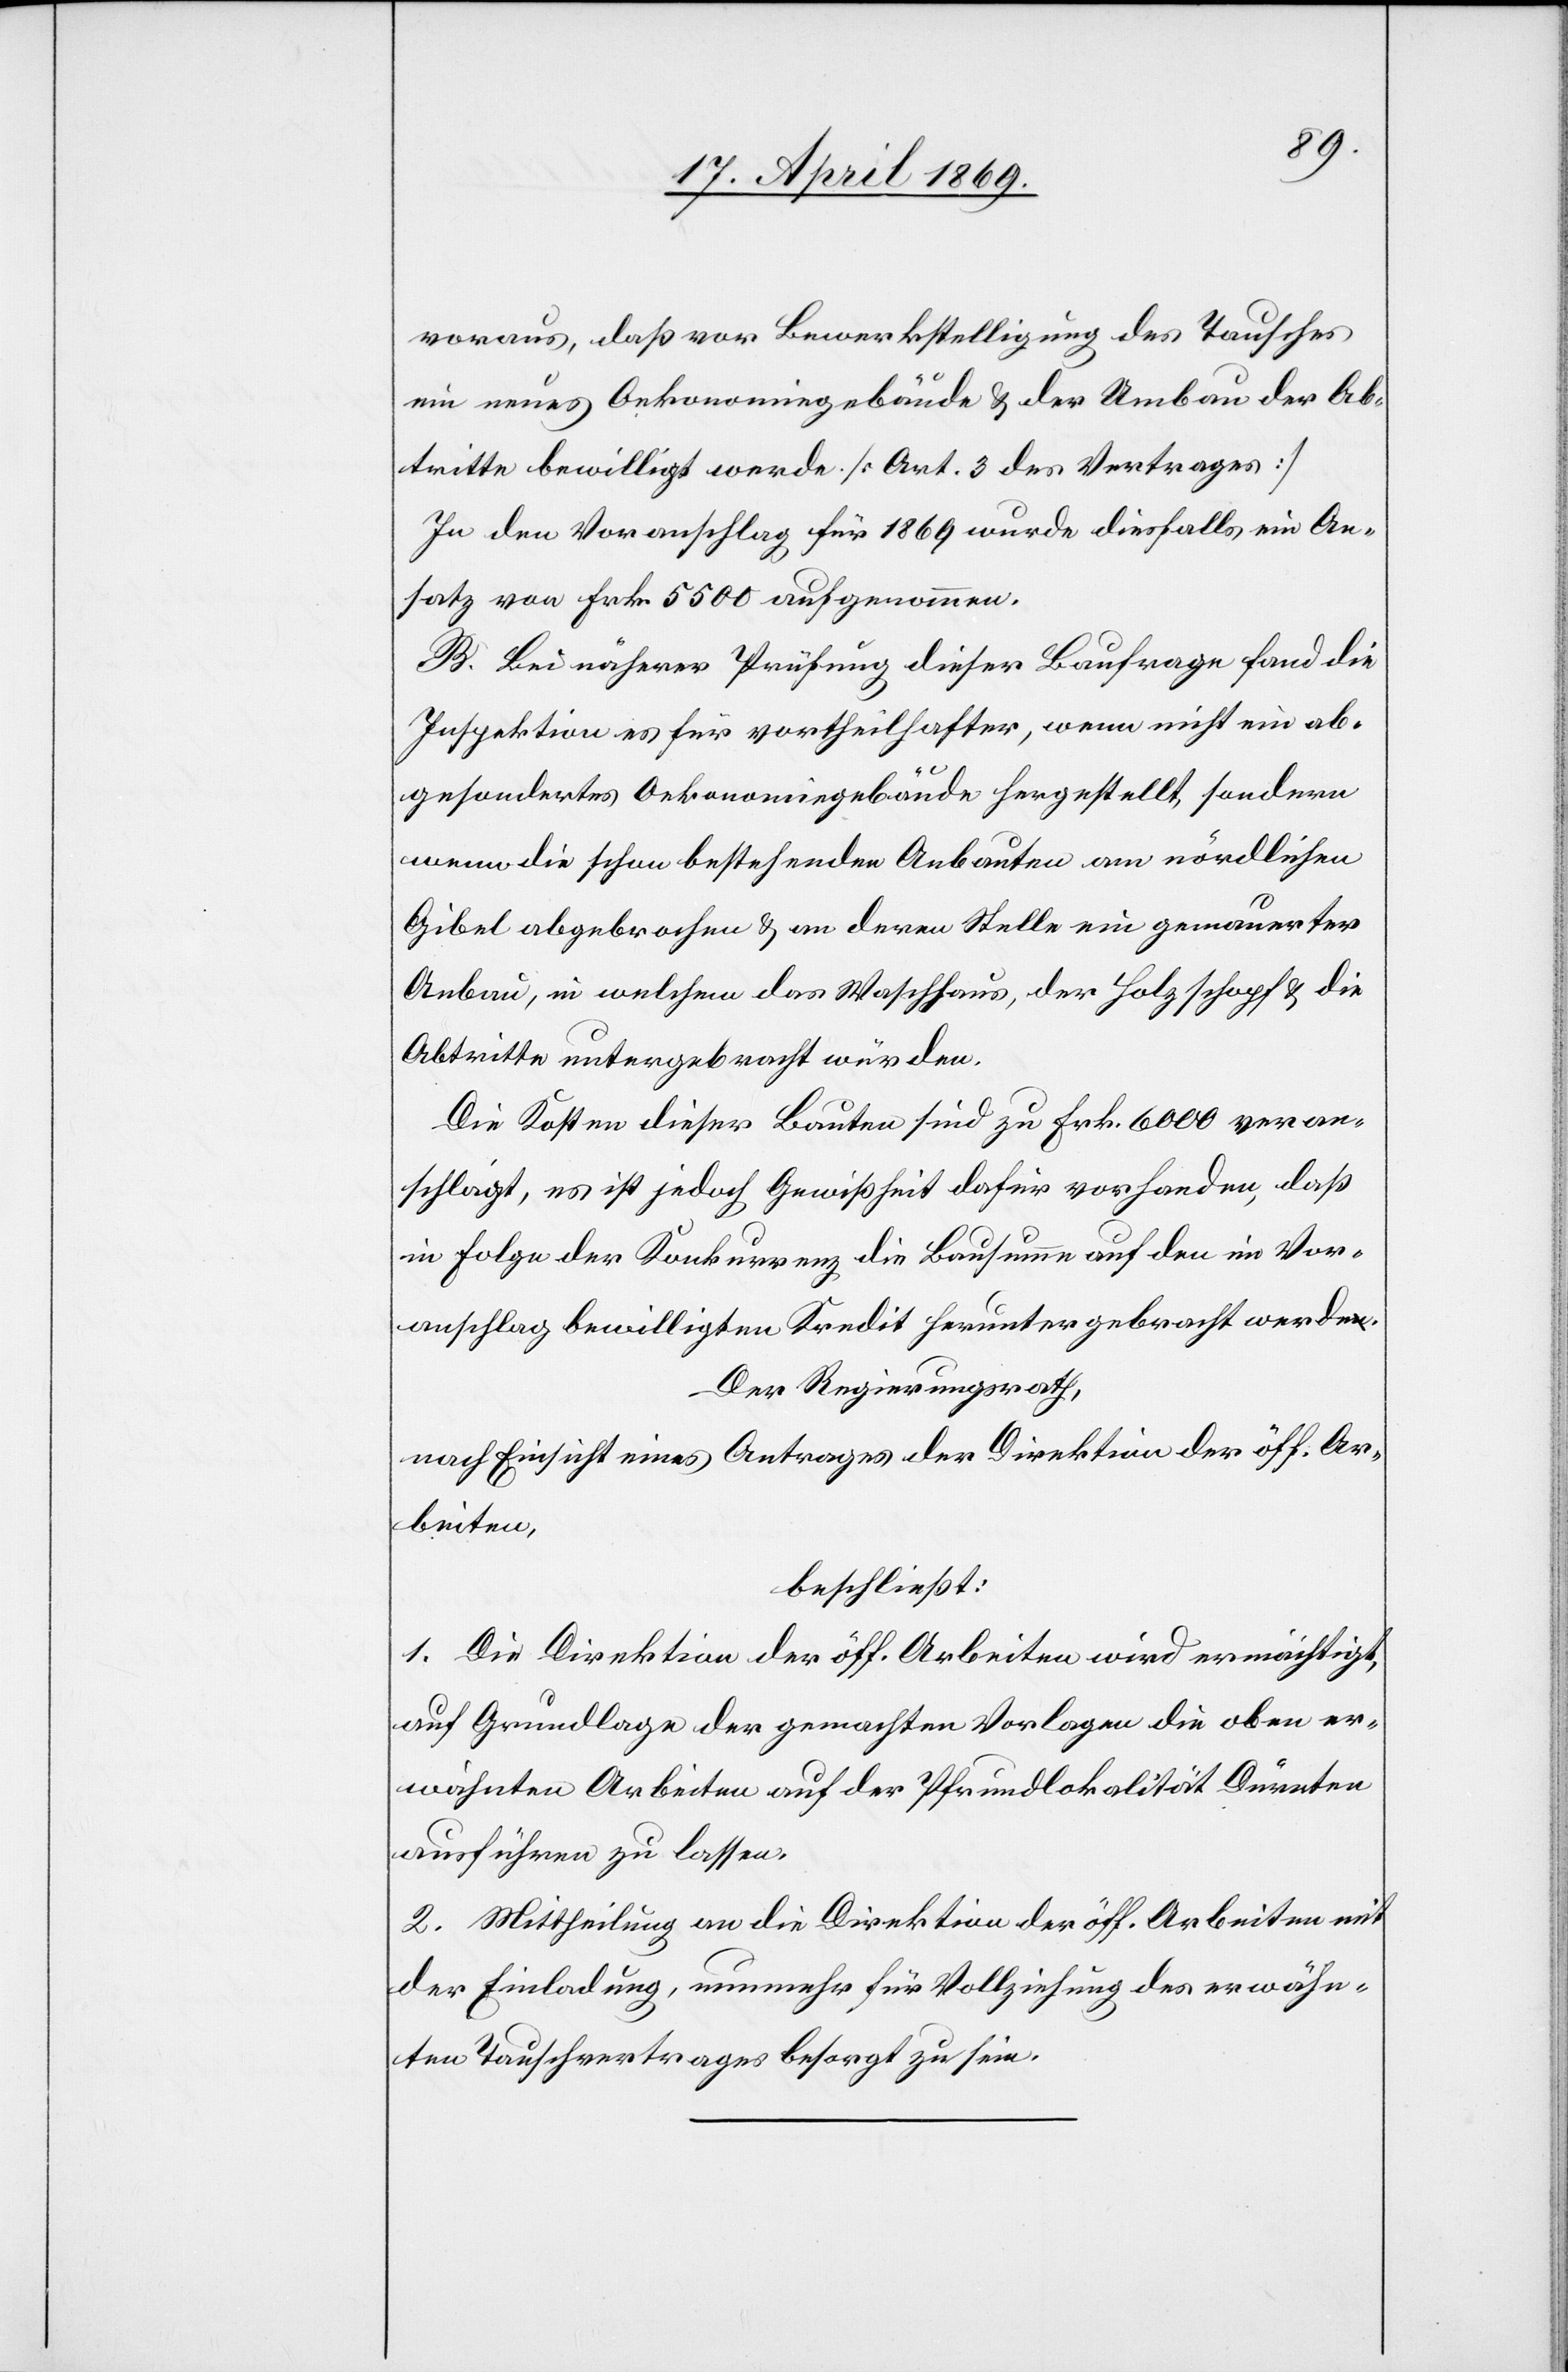
voraus, daß vor Bewerkstellung des Tausches
ein neues Oekonomiegebäude u. der Umbau der Ab¬
tritte bewilligt werde. [Art. 3 des Vertrages]
In dem Voranschlag für 1869 wurde diesfalls ein Ab¬
satz von Frk. 5500 aufgenommen.
B. Bei näherer Prüfung dieser Baufrage fand die
Inspektion es für vortheilhafter, wenn nicht ein ab¬
gesondertes Oekonomiegebäude hergestellt, sondern
wenn die schon bestehenden Anbauten am nördlichen
Gibel abgebrochen u. an deren Stelle ein gemauerter
Anbau, in welchem das Waschhaus, der Holzschopf u. die
Abtritte untergebracht würden.
Die Kosten dieser Bauten sind zu Frk. 6000 veran¬
schlagt, es ist jedoch Gewißheit dafür vorhanden, daß
in Folge der Konkurrenz die Bausumme auf den im Vor¬
anschlag bewilligten Kredit herunter gebracht werde.
Der Regierungsrath,
nach Einsicht eines Antrages der Direktion der öff. Ar¬
beiten,
beschließt:
1. Die Direktion der öff. Arbeiten wird ermächtigt,
auf Grundlage der gemachten Vorlagen die oben er¬
wähnten Arbeiten auf der Pfrundlokalität Dürnten
ausführen zu lassen.
2. Mittheilung an die Direktion der öff. Arbeiten mit
der Einladung, nunmehr für Vollziehung des erwähn¬
ten Tauschvertrages besorgt zu sein.